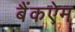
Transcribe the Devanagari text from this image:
बैंकऐम